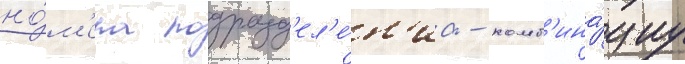
но́м'ера подразд'ел'е́н'иа - комб'ина́циу